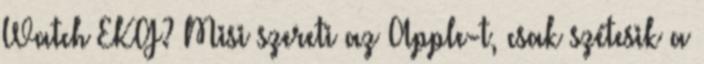
Watch EKG? Misi szereti az Apple-t, csak szétesik a